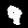
Label: 9